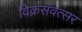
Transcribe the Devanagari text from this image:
विक्रसंवत्सर